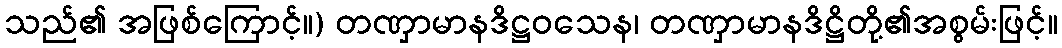
သည်၏ အဖြစ်ကြောင့်။) တဏှာမာနဒိဋ္ဌဝသေန၊ တဏှာမာနဒိဋ္ဌိတို့၏အစွမ်းဖြင့်။